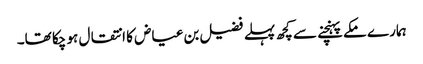
ہمارے مکے پہنچنے سے کچھ پہلے فضیل بن عیاض کا انتقال ہو چکا تھا۔